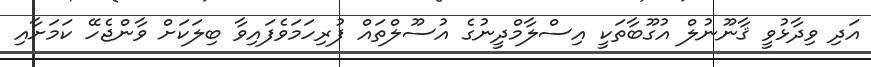
އަދި ވިދާޅުވީ ޤާނޫނުލް އުގޫބާތަކީ އިސްލާމްދީނުގެ އުސޫލްތައް ފުރިހަމަވެފައިވާ ބިލަކަށް ވާންޖެހޭ ކަމަށާއި